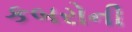
કબરોની